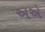
અએ